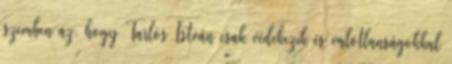
szemben az, hogy Tarlós István csak védekezik és valótlanságokkal